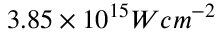
3 . 8 5 \times 1 0 ^ { 1 5 } W c m ^ { - 2 }